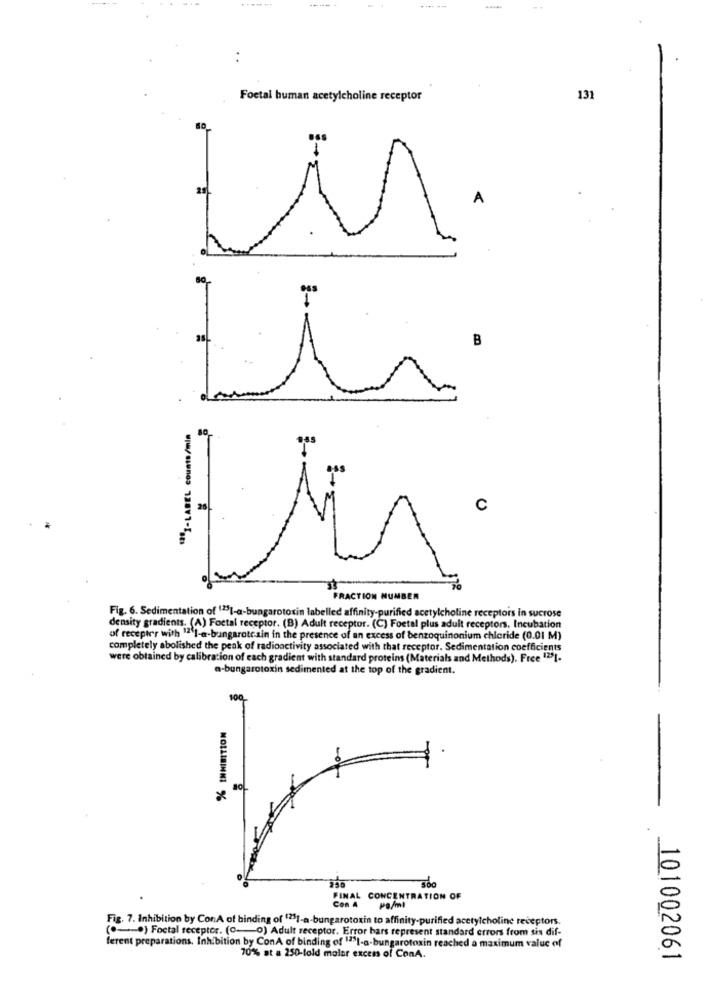
..
Foetal human acetylcholine receptor
131
A
1
"3" -- LABEL counts/min
80
C
FRACTION NUMBER
Fig. 6. Sedimentation of 1251-a-bungarotoxin labelled affinity-purified acetylcholine receptors in sucrose
density gradients. (A) Foctal receptor. (B) Adult receptor. (C) Foetal plus adult receptors. Incubation
of recepter with "'I-a-bungarotc.sin in the presence of an excess of benzoquinonium chloride (0.01 M)
completely abolished the peak of radioactivity associated with that receptor. Sedimentation coefficients
were obtained by calibration of each gradient with standard proteins (Materials and Methods). Free 1231.
a-bungarotoxin sedimented at the top of the gradient.
100
MOLLIEINNI %
350
FINAL CONCENTRATION OF
Con 4
PO/ml
Fig. 7. Inhibition by ConA of binding of (231-a-bungarotoxin to affinity-purified acetylcholine receptors.
( *-* ) Foctal receptor. (0-0) Adult receptor. Error bars represent standard errors from sis dif-
ferent preparations. Inhibition by ConA of binding of """I-a-bungarotoxin reached a maximum value of
70% at a 250-lold malar excess of ConA.
101002061